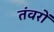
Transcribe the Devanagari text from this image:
तंवरों